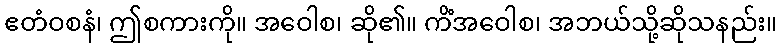
ဧတံဝစနံ၊ ဤစကားကို။ အဝေါစ၊ ဆို၏။ ကိံအဝေါစ၊ အဘယ်သို့ဆိုသနည်း။